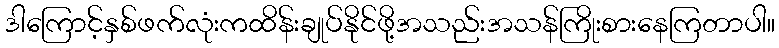
ဒါကြောင့်နှစ်ဖက်လုံးကထိန်းချုပ်နိုင်ဖို့အသည်းအသန်ကြိုးစားနေကြတာပါ။